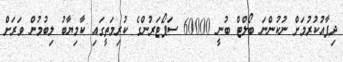
ދިފާއުކުރުމަށް ނުކުންނަ ބޯލްޓް ބުނީ 60000 ސަޕޯޓަރުންގެ ކުރިމަތީގައި ކާމިޔާބު ލިބުމުން ވަރަށް